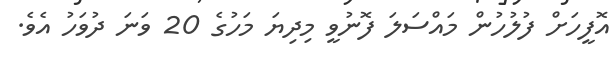
އޮފީހަށް ފުލުހުން މައްސަލަ ފޮނުވީ މިދިޔަ މަހުގެ 20 ވަނަ ދުވަހު އެވެ.